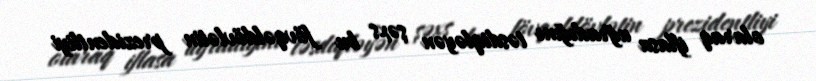
olaraq iflasa uğradığını təsdiqləyən şəxs bu fövqəldövlətin prezidentliyi